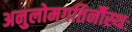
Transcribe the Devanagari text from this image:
अनुलोमगतिर्नौस्थः